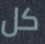
كل